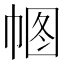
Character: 𢃠